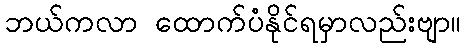
ဘယ်ကလာ ထောက်ပံံနိုင်ရမှာလည်းဗျာ။